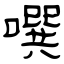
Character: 噀